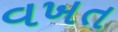
વખત